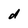
Character: d